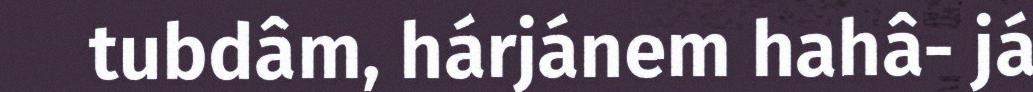
tubdâm, hárjánem hahâ- já